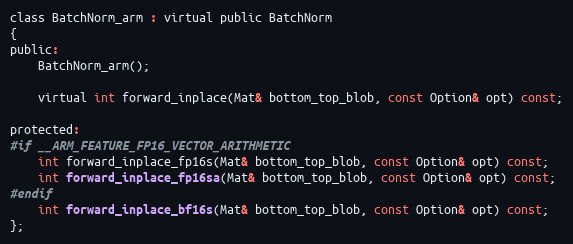
Language: C
class BatchNorm_arm : virtual public BatchNorm
{
public:
    BatchNorm_arm();

    virtual int forward_inplace(Mat& bottom_top_blob, const Option& opt) const;

protected:
#if __ARM_FEATURE_FP16_VECTOR_ARITHMETIC
    int forward_inplace_fp16s(Mat& bottom_top_blob, const Option& opt) const;
    int forward_inplace_fp16sa(Mat& bottom_top_blob, const Option& opt) const;
#endif
    int forward_inplace_bf16s(Mat& bottom_top_blob, const Option& opt) const;
};